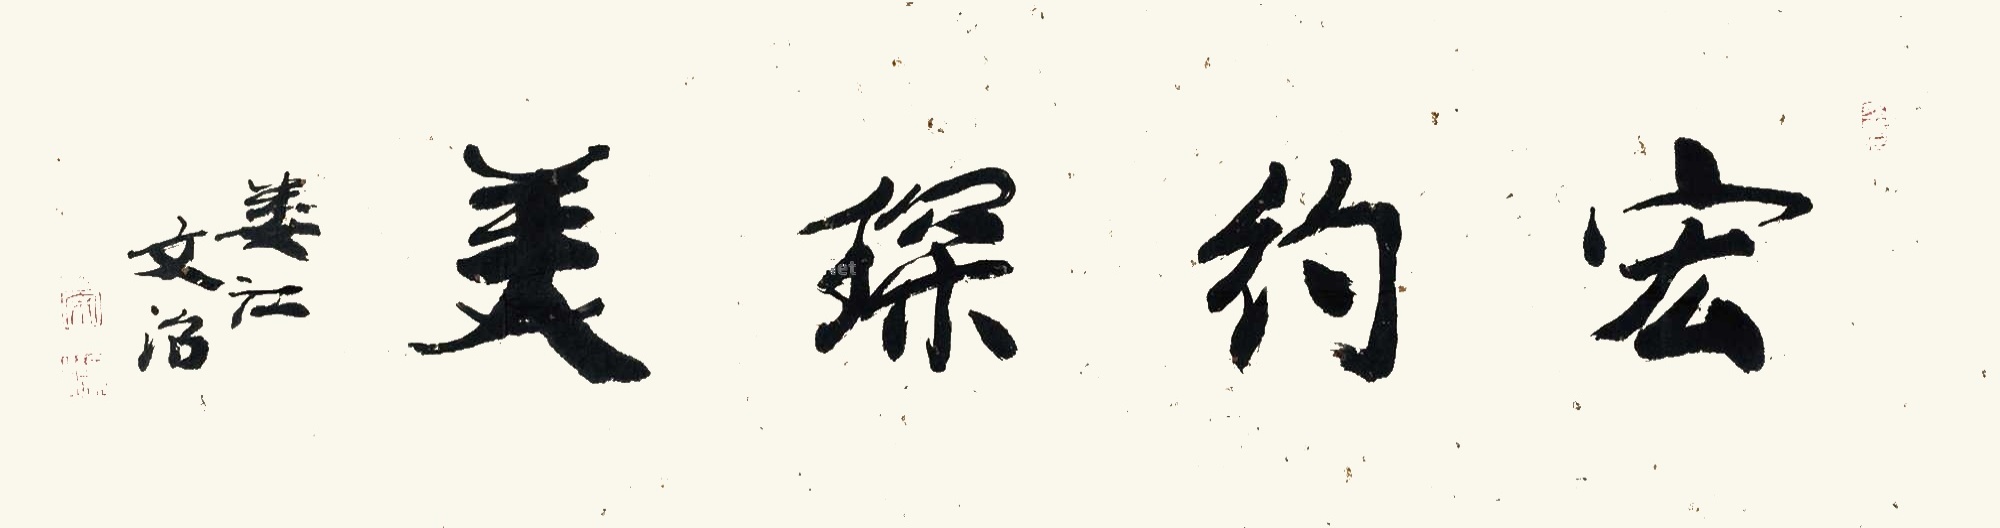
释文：宏约琛美娄江文治。